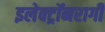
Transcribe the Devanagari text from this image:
इलेक्ट्रॉनरागी